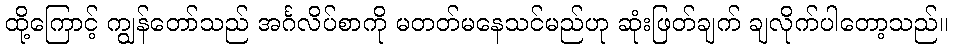
ထို့ကြောင့် ကျွန်တော်သည် အင်္ဂလိပ်စာကို မတတ်မနေသင်မည်ဟု ဆုံးဖြတ်ချက် ချလိုက်ပါတော့သည်။